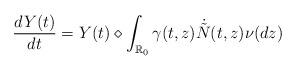
LaTeX: \begin{align*} \frac{dY(t)}{dt}=Y(t)\diamond\int_{\mathbb{R}_0}\gamma(t,z) \dot{\tilde{N}}(t,z)\nu(dz)\end{align*}